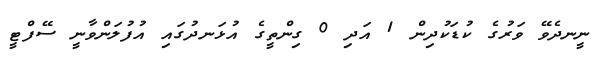
ނީނދެވޭ ވަރުގެ ކުޑަކުދިން 1 އަދި 0 ގިންތީގެ އުޅަނދުގައި އުފުލަންވާނީ ސޭފްޓީ